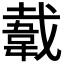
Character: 𬰫